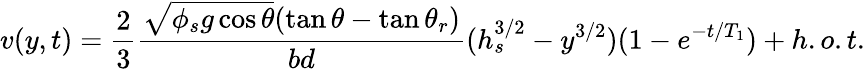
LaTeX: v(y,t)=\frac{2}{3}\frac{\sqrt{\phi_{s}g\cos{\theta}}(\tan{\theta}-\tan{\theta_{r}})}{bd}(h_{s}^{3/2}-y^{3/2})(1-e^{-t/T_{1}})+h.o.t.